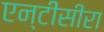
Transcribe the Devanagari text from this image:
एन्टीसीरा